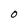
Character: 0